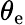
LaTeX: \theta_{\mathrm{e}}